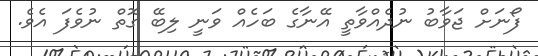
ފޯނަށް ޖަވާބު ނުދެއްވާތީ އޭނާގެ ބަހެއް ވަނީ ލިބޭ ގޮތް ނުވެފަ އެވެ.